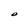
Character: O